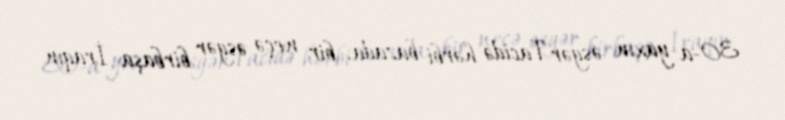
30-a yaxın əsgər Tacidə hərbi bazada, bir neçə əsgər birbaşa İraqın